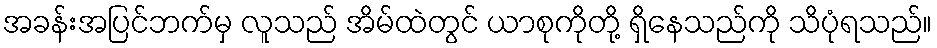
အခန်းအပြင်ဘက်မှ လူသည် အိမ်ထဲတွင် ယာစုကိုတို့ ရှိနေသည်ကို သိပုံရသည်။